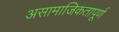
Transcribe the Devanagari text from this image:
असामाजिकतापूर्ण